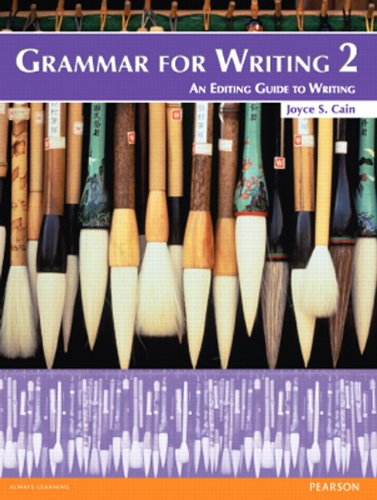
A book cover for Grammar for Writing 2 (Student Book alone); Joyce S. Cain; Reference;